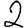
Digit: 2